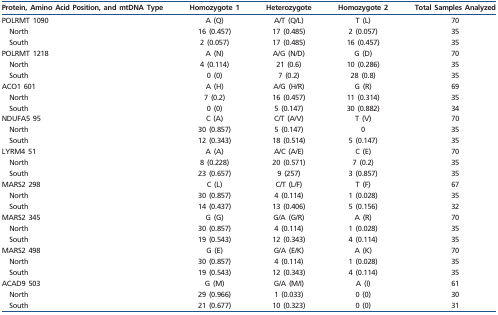
<table><thead><tr><td><b>Protein, Amino Acid Position, and mtDNA Type</b></td><td><b>Homozygote 1</b></td><td><b>Heterozygote</b></td><td><b>Homozygote 2</b></td><td><b>Total Samples Analyzed</b></td></tr></thead><tbody><tr><td>POLRMT 1090</td><td>A (Q)</td><td>A/T (Q/L)</td><td>T (L)</td><td>70</td></tr><tr><td>North</td><td>16 (0.457)</td><td>17 (0.485)</td><td>2 (0.057)</td><td>35</td></tr><tr><td>South</td><td>2 (0.057)</td><td>17 (0.485)</td><td>16 (0.457)</td><td>35</td></tr><tr><td>POLRMT 1218</td><td>A (N)</td><td>A/G (N/D)</td><td>G (D)</td><td>70</td></tr><tr><td>North</td><td>4 (0.114)</td><td>21 (0.6)</td><td>10 (0.286)</td><td>35</td></tr><tr><td>South</td><td>0 (0)</td><td>7 (0.2)</td><td>28 (0.8)</td><td>35</td></tr><tr><td>ACO1 601</td><td>A (H)</td><td>A/G (H/R)</td><td>G (R)</td><td>69</td></tr><tr><td>North</td><td>7 (0.2)</td><td>16 (0.457)</td><td>11 (0.314)</td><td>35</td></tr><tr><td>South</td><td>0 (0)</td><td>5 (0.147)</td><td>30 (0.882)</td><td>34</td></tr><tr><td>NDUFA5 95</td><td>C (A)</td><td>C/T (A/V)</td><td>T (V)</td><td>70</td></tr><tr><td>North</td><td>30 (0.857)</td><td>5 (0.147)</td><td>0</td><td>35</td></tr><tr><td>South</td><td>12 (0.343)</td><td>18 (0.514)</td><td>5 (0.147)</td><td>35</td></tr><tr><td>LYRM4 51</td><td>A (A)</td><td>A/C (A/E)</td><td>C (E)</td><td>70</td></tr><tr><td>North</td><td>8 (0.228)</td><td>20 (0.571)</td><td>7 (0.2)</td><td>35</td></tr><tr><td>South</td><td>23 (0.657)</td><td>9 (257)</td><td>3 (0.857)</td><td>35</td></tr><tr><td>MARS2 298</td><td>C (L)</td><td>C/T (L/F)</td><td>T (F)</td><td>67</td></tr><tr><td>North</td><td>30 (0.857)</td><td>4 (0.114)</td><td>1 (0.028)</td><td>35</td></tr><tr><td>South</td><td>14 (0.437)</td><td>13 (0.406)</td><td>5 (0.156)</td><td>32</td></tr><tr><td>MARS2 345</td><td>G (G)</td><td>G/A (G/R)</td><td>A (R)</td><td>70</td></tr><tr><td>North</td><td>30 (0.857)</td><td>4 (0.114)</td><td>1 (0.028)</td><td>35</td></tr><tr><td>South</td><td>19 (0.543)</td><td>12 (0.343)</td><td>4 (0.114)</td><td>35</td></tr><tr><td>MARS2 498</td><td>G (E)</td><td>G/A (E/K)</td><td>A (K)</td><td>70</td></tr><tr><td>North</td><td>30 (0.857)</td><td>4 (0.114)</td><td>1 (0.028)</td><td>35</td></tr><tr><td>South</td><td>19 (0.543)</td><td>12 (0.343)</td><td>4 (0.114)</td><td>35</td></tr><tr><td>ACAD9 503</td><td>G (M)</td><td>G/A (M/I)</td><td>A (I)</td><td>61</td></tr><tr><td>North</td><td>29 (0.966)</td><td>1 (0.033)</td><td>0 (0)</td><td>30</td></tr><tr><td>South</td><td>21 (0.677)</td><td>10 (0.323)</td><td>0 (0)</td><td>31</td></tr></tbody></table>